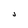
Character: J